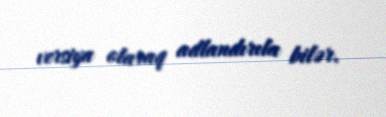
versiya olaraq adlandırıla bilər.